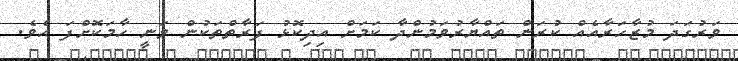
ވަރުގަދަ މުޒާހަރާއެއް ކުރަން ތައްޔާރުވަމުންދާ ކަމަށް އިދިކޮޅު ފަރާތްތަކުން ވަނީ ހާމަކޮށްފަ އެވެ.